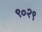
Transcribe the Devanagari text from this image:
९०२९